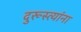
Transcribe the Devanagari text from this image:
दुरूस्त्यांना